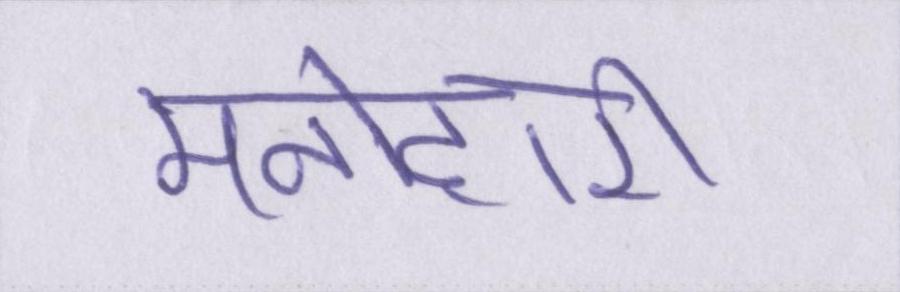
मनोहारी